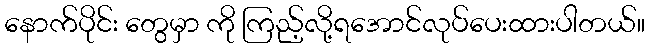
နောက်ပိုင်း တွေမှာ ကို ကြည့်လို့ရအောင်လုပ်ပေးထားပါတယ်။